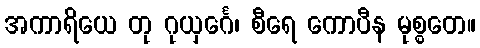
အကာရိယေ တု ဂုယှင်္ဂေ၊ စီရေ ကောပီန မုစ္စတေ။